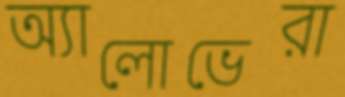
অ্যালোভেরা